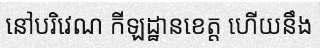
នៅបរិវេណ កីឡដ្ឋានខេត្ត ហើយនឹង